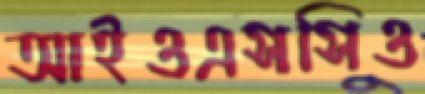
আইওএসসিও